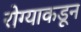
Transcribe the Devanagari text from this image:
रोग्याकडून